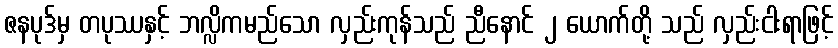
ဇနပုဒ်မှ တပုဿနှင့် ဘလ္လိကမည်သော လှည်းကုန်သည် ညီနောင် ၂ ယောက်တို့ သည် လှည်းငါးရာဖြင့်